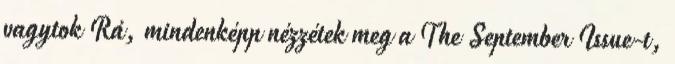
vagytok Rá, mindenképp nézzétek meg a The September Issue-t,